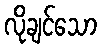
လိုချင်သော